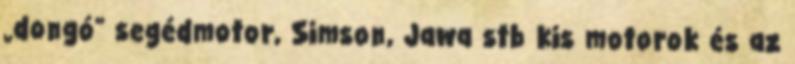
„dongó” segédmotor, Simson, Jawa stb kis motorok és az